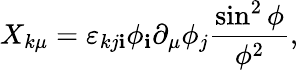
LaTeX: X_{k\mu}=\varepsilon_{kj\mathbf{i}}\phi_{\mathbf{i}}\partial_{\mu}\phi_{j}\frac{{\sin^{2}\phi}}{{\phi^{2}}},